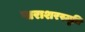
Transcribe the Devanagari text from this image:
पाराशरस्मृति